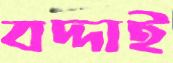
বদ্দাই